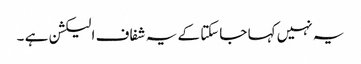
یہ نہیں کہا جاسکتا کے یہ شفاف الیکشن ہے ۔